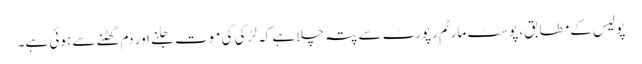
پولیس کے مطابق، پوسٹ مارٹم رپورٹ سے پتہ چلا ہے کہ لڑکی کی موت جلنے اور دم گھٹنے سے ہوئی ہے۔